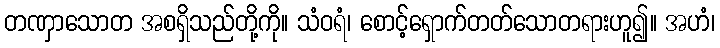
တဏှာသောတ အစရှိသည်တို့ကို။ သံဝရံ၊ စောင့်ရှောက်တတ်သောတရားဟူ၍။ အဟံ၊